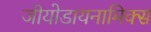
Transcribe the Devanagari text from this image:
जीयोडायनामिक्‍स